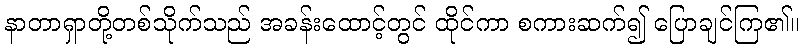
နာတာရှာတို့တစ်သိုက်သည် အခန်းထောင့်တွင် ထိုင်ကာ စကားဆက်၍ ပြောချင်ကြ၏။